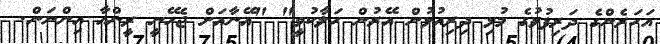
އަހަރެންގެ ދަރިފުޅުގެ މުޅި ދިރިއުޅުން އޭރުން ހަލާކުވީ" "އޭނާއަށް ޖެހޭނީ ރީންއާ އިންނަން.